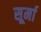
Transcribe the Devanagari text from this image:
सूर्मा